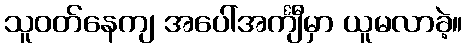
သူဝတ်နေကျ အပေါ်အင်္ကျီမှာ ယူမလာခဲ့။